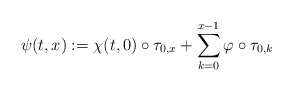
\begin{align*}\psi(t,x):=\chi(t,0)\circ\tau_{0,x}+\sum_{k=0}^{x-1}\varphi\circ\tau_{0,k}\end{align*}